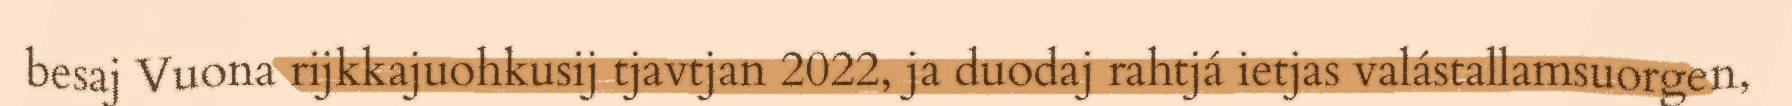
besaj Vuona rijkkajuohkusij tjavtjan 2022, ja duodaj rahtjá ietjas valástallamsuorgen,